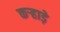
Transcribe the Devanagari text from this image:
कऱ्हाड़े